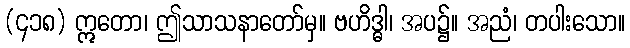
(၄၁၈) ဣတော၊ ဤသာသနာတော်မှ။ ဗဟိဒ္ဓါ၊ အပ၌။ အညံ၊ တပါးသော။